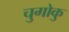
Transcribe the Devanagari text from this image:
चुगोकु